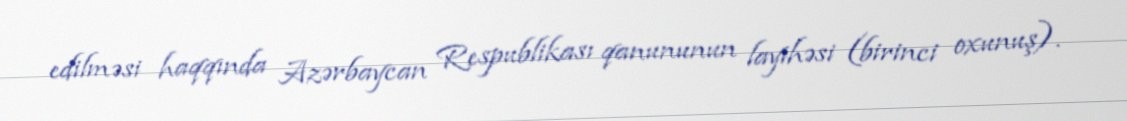
edilməsi haqqında Azərbaycan Respublikası qanununun layihəsi (birinci oxunuş).